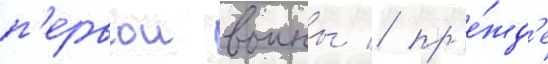
п'ервои воины / пр'е́жд'е